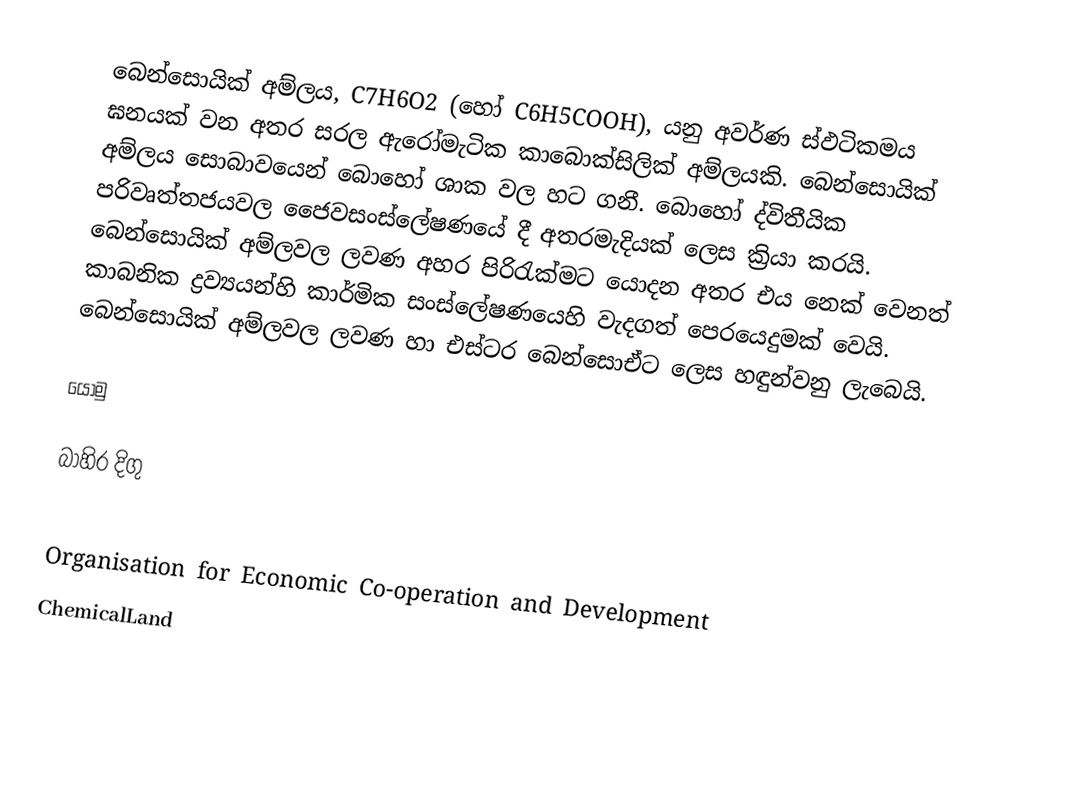
බෙන්සොයික් අම්ලය,  C7H6O2 (හෝ C6H5COOH), යනු අවර්ණ ස්ඵටිකමය ඝනයක් වන අතර සරල ඇරෝමැටික කාබොක්සිලික් අම්ලයකි. බෙන්සොයික් අම්ලය සොබාවයෙන් බොහෝ ශාක වල හට ගනී. බොහෝ ද්විතීයික පරිවෘත්තජයවල ජෛවසංස්ලේෂණයේ දී අතරමැදියක් ලෙස ක්‍රියා කරයි. බෙන්සොයික් අම්ලවල ලවණ අහර පිරිරැක්මට යොදන අතර එය නෙක් වෙනත් කාබනික ද්‍රව්‍යයන්හි කාර්මික සංස්ලේෂණයෙහි වැදගත් පෙරයෙදුමක් වෙයි. බෙන්සොයික් අම්ලවල ලවණ හා එස්ටර බෙන්සොඒට ලෙස හඳුන්වනු ලැබෙයි.

යොමු

බාහිර දිගු

 Organisation for Economic Co-operation and Development
 ChemicalLand